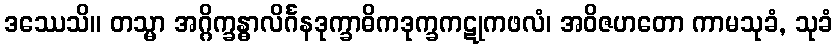
ဒဿေသိ။ တသ္မာ အဂ္ဂိက္ခန္ဓာလိင်္ဂနဒုက္ခာဓိကဒုက္ခကဋုကဖလံ၊ အဝိဇဟတော ကာမသုခံ, သုခံ